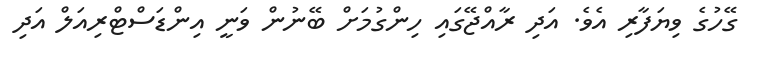
ގޭހުގެ ވިޔަފާރި އެވެ. އަދި ރާއްޖޭގައި ހިންގުމަށް ބޭނުން ވަނީ އިންޑަސްޓްރިއަލް އަދި